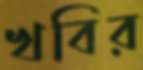
খবির